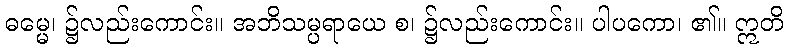
ဓမ္မေ၊ ၌လည်းကောင်း။ အဘိသမ္ပရာယေ စ၊ ၌လည်းကောင်း။ ပါပကော၊ ၏။ ဣတိ